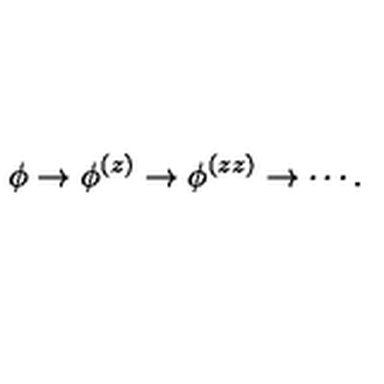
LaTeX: \phi \rightarrow \phi ^ { ( z ) } \rightarrow \phi ^ { ( z z ) } \rightarrow \cdots .